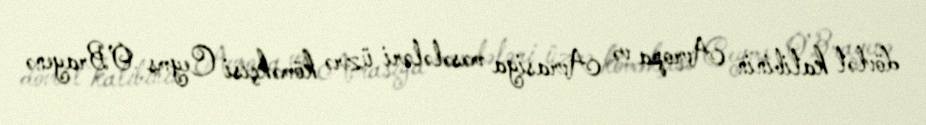
dövlət katibinin Avropa və Avrasiya məsələləri üzrə köməkçisi Ceyms O’Brayenə